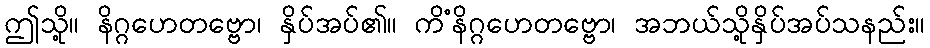
ဤသို့။ နိဂ္ဂဟေတဗ္ဗော၊ နှိပ်အပ်၏။ ကိံနိဂ္ဂဟေတဗ္ဗော၊ အဘယ်သို့နှိပ်အပ်သနည်း။